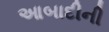
આબાદીની